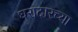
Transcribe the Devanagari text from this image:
घरादारच्या